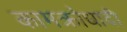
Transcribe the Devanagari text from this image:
कामक्रोधादी